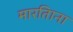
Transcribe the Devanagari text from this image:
मारतिाना